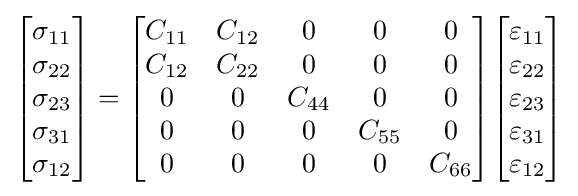
{\begin{bmatrix}\sigma _{11}\\\sigma _{22}\\\sigma _{23}\\\sigma _{31}\\\sigma _{12}\end{bmatrix}}={\begin{bmatrix}C_{11}&C_{12}&0&0&0\\C_{12}&C_{22}&0&0&0\\0&0&C_{44}&0&0\\0&0&0&C_{55}&0\\0&0&0&0&C_{66}\end{bmatrix}}{\begin{bmatrix}\varepsilon _{11}\\\varepsilon _{22}\\\varepsilon _{23}\\\varepsilon _{31}\\\varepsilon _{12}\end{bmatrix}}